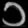
Digit: ၁